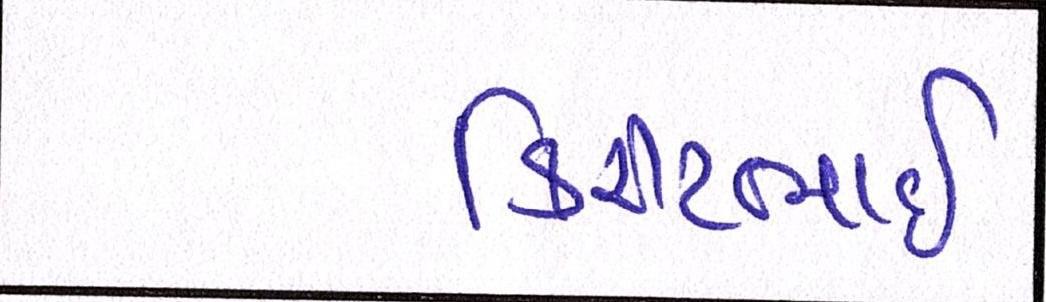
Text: કિરીટભાઈ